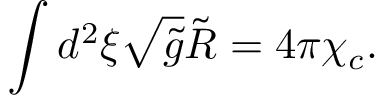
\int { d ^ { 2 } } \xi \sqrt { \tilde { g } } \tilde { R } = 4 \pi { \chi _ { c } } .